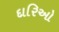
દારિઓ